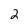
Character: 2